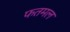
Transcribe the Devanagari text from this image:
फतमल